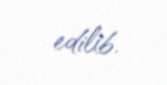
edilib.